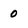
Character: 0